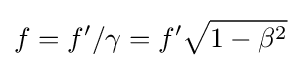
f=f'/\gamma =f'{\sqrt {1-\beta ^{2}}}